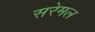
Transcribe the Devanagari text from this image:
सरेमल